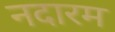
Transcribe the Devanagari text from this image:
नदारम